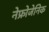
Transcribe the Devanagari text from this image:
नेफ्रोजेनिक